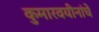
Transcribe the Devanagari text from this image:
कुमारवयीनांचे